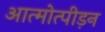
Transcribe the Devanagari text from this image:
आत्मोत्पीड़न